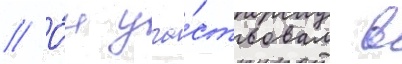
// О́н уча́ствовал в